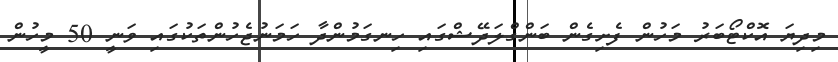
މިދިޔަ އޮކްޓޯބަރު މަހުން ފެށިގެން ބަންގްލަދޭޝްގައި ހިނގަމުންދާ ހަމަނުޖެހުންތަކުގައި ވަނީ 50 މީހުން